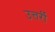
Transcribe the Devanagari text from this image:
उत्तर्री